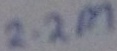
Text: 2.2M